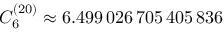
C _ { 6 } ^ { ( 2 0 ) } \approx 6 . 4 9 9 \, 0 2 6 \, 7 0 5 \, 4 0 5 \, 8 3 6